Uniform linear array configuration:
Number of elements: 24
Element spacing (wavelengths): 0.75
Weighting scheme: uniform
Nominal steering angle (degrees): -45
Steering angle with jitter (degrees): -43.555
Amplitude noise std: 0.05
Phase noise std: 0.05

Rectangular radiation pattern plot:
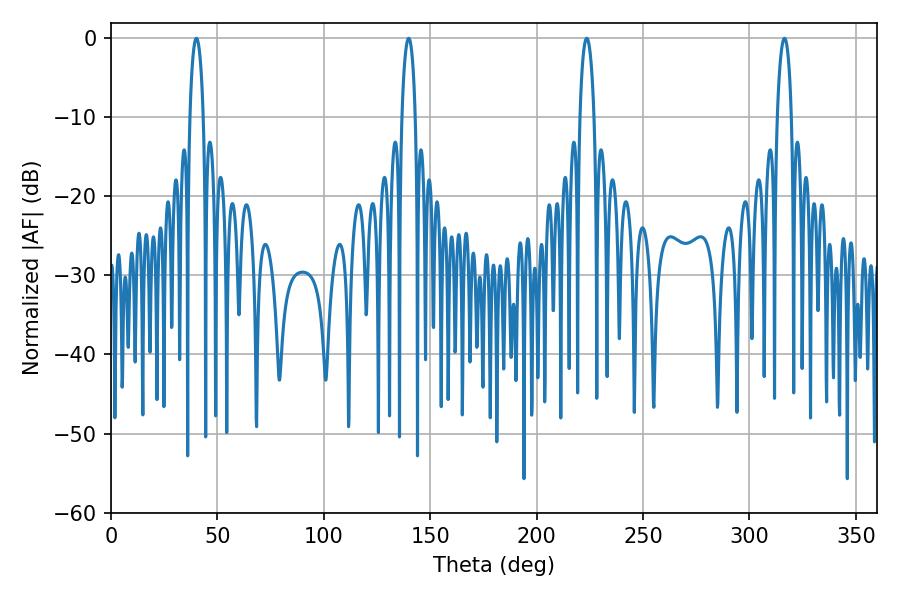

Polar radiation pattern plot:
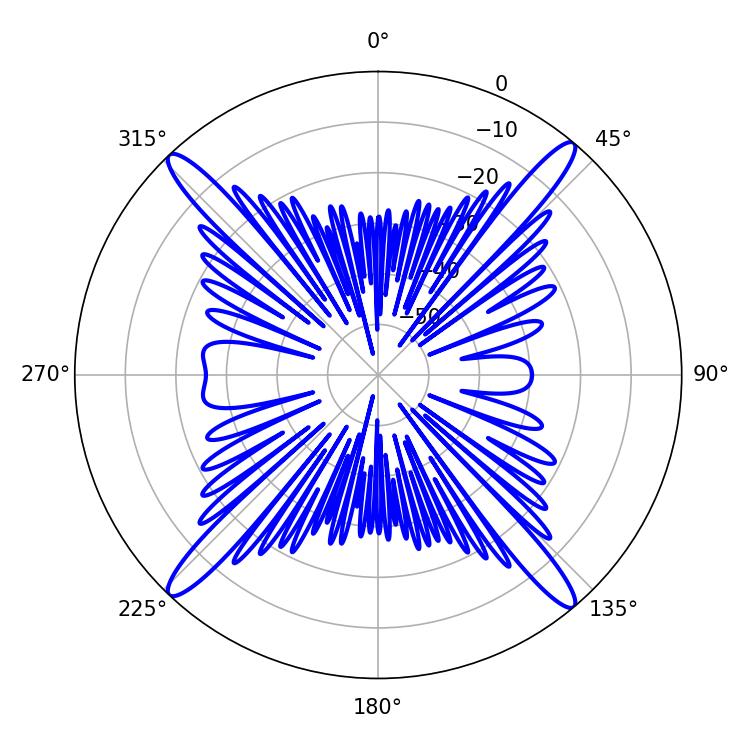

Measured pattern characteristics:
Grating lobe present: TRUE
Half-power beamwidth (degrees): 3.6
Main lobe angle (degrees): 40.14